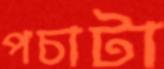
পচাটা